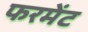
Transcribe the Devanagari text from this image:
फरमेंट